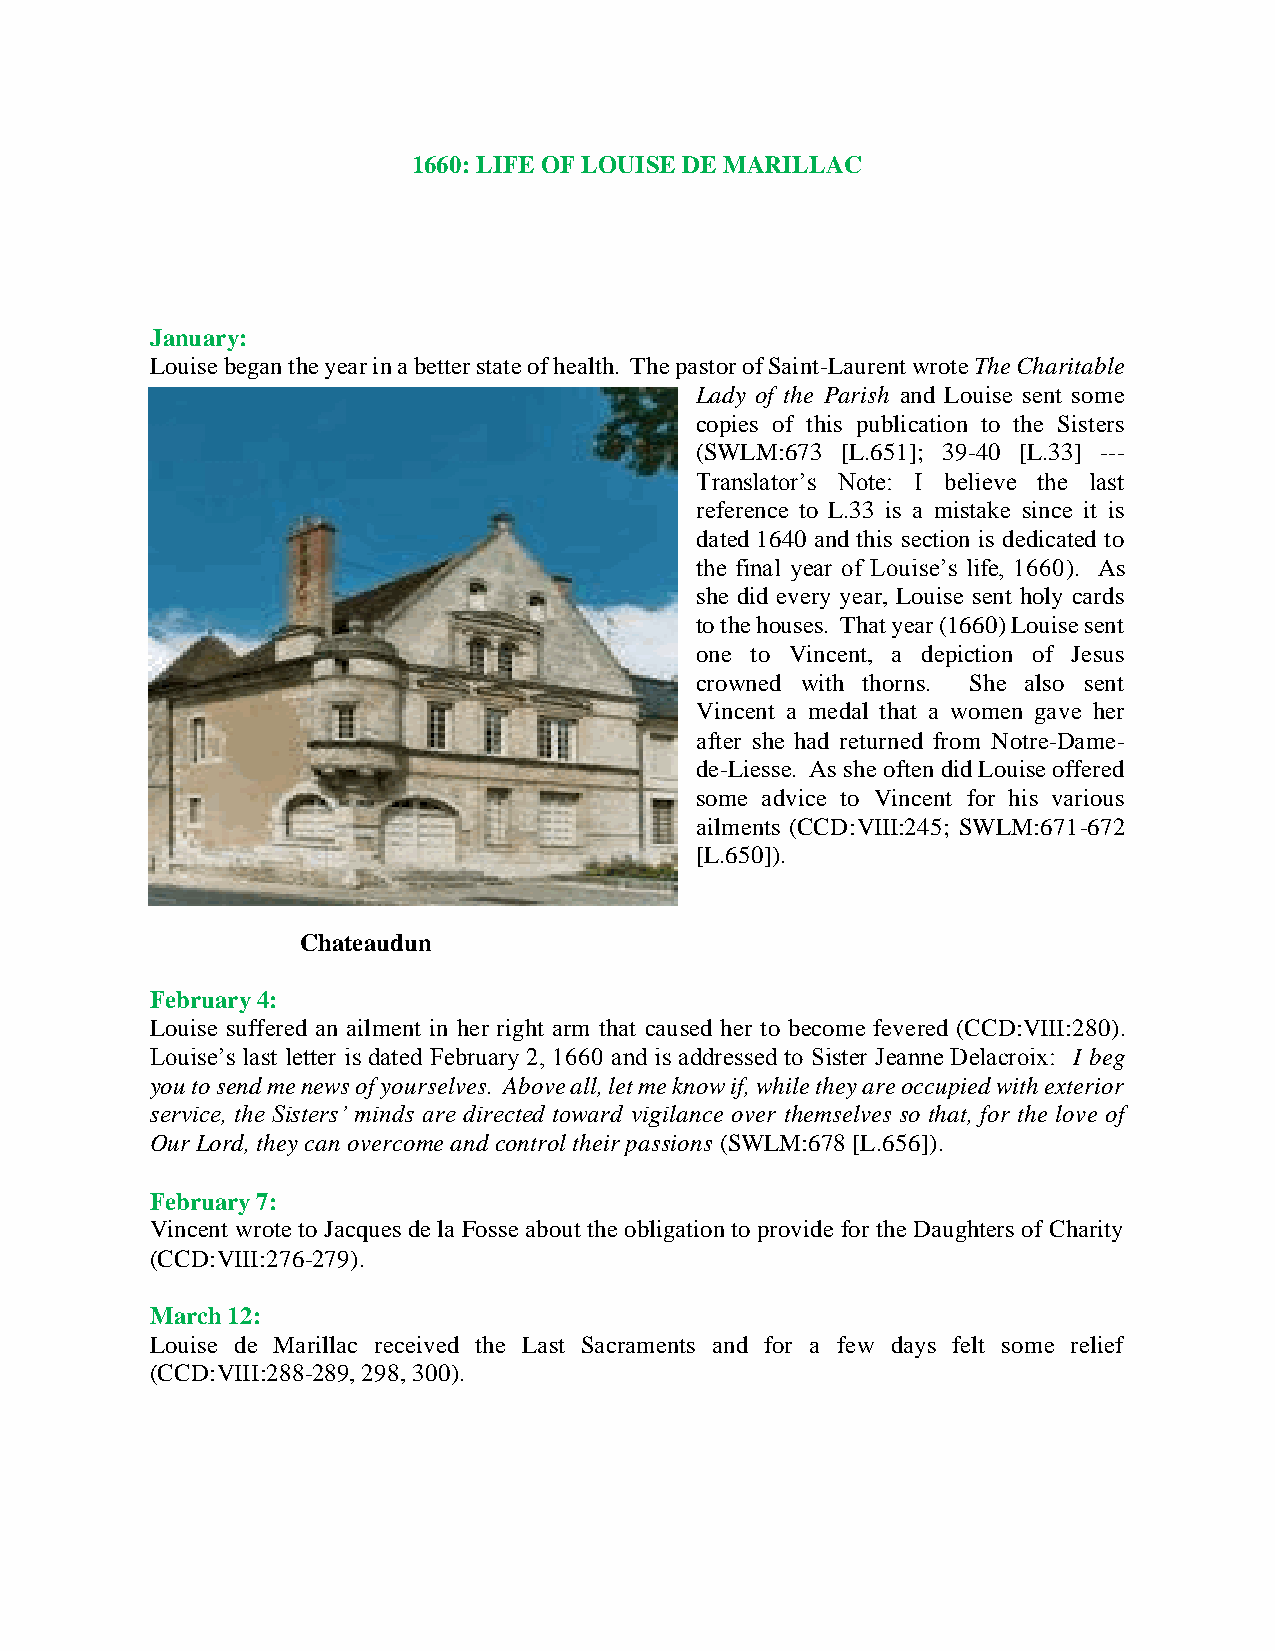
1660: LIFE OF LOUISE DE MARILLAC
 January:
 Louise began the year in a better state of health. The pastor of Saint-Laurent wrote The Charitable
 Lady of the Parish and Louise sent some
 copies of this publication to the Sisters
 (SWLM:673 [L.651]; 39-40 [L.33] ---
 Translator’s Note: I believe the last
 reference to L.33 is a mistake since it is
 dated 1640 and this section is dedicated to
 the final year of Louise’s life, 1660). As
 she did every year, Louise sent holy cards
 to the houses. That year (1660) Louise sent
 one to Vincent, a depiction of Jesus
 crowned with thorns. She also sent
 Vincent a medal that a women gave her
 after she had returned from Notre-Dame-
 de-Liesse. As she often did Louise offered
 some advice to Vincent for his various
 ailments (CCD:VIII:245; SWLM:671-672
 [L.650]).
 Chateaudun
 February 4:
 Louise suffered an ailment in her right arm that caused her to become fevered (CCD:VIII:280).
 Louise’s last letter is dated February 2, 1660 and is addressed to Sister Jeanne Delacroix: I beg
 you to send me news of yourselves. Above all, let me know if, while they are occupied with exterior
 service, the Sisters’ minds are directed toward vigilance over themselves so that, for the love of
 Our Lord, they can overcome and control their passions (SWLM:678 [L.656]).
 February 7:
 Vincent wrote to Jacques de la Fosse about the obligation to provide for the Daughters of Charity
 (CCD:VIII:276-279).
 March 12:
 Louise de Marillac received the Last Sacraments and for a few days felt some relief
 (CCD:VIII:288-289, 298, 300).